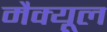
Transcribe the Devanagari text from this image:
मैक्यूल